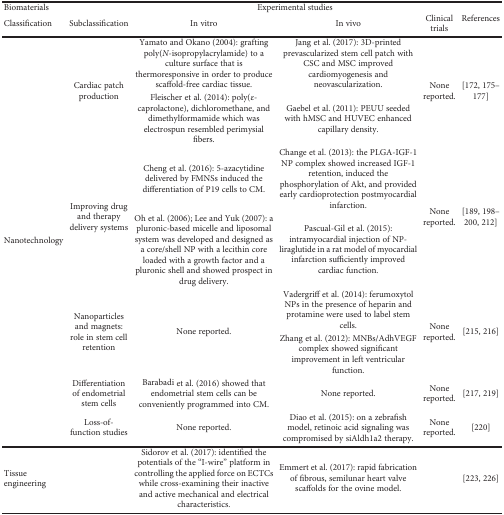
| <COLSPAN=2> Biomaterials | <COLSPAN=3> Experimental studies | <ROWSPAN=2> References |
 | Classification | Subclassification | In vitro | In vivo | Clinical trials |
 | --- | --- | --- | --- | --- | --- |
 | <ROWSPAN=8> Nanotechnology | <ROWSPAN=2> Cardiac patch production | Yamato and Okano (2004): grafting poly(N-isopropylacrylamide) to a culture surface that is thermoresponsive in order to produce scaffold-free cardiac tissue. | Jang et al. (2017): 3D-printed prevascularized stem cell patch with CSC and MSC improved cardiomyogenesis and neovascularization. | <ROWSPAN=2> None reported. | <ROWSPAN=2> [172, 175–177] |
 | Fleischer et al. (2014): poly(ε-caprolactone), dichloromethane, and dimethylformamide which was electrospun resembled perimysial fibers. | Gaebel et al. (2011): PEUU seeded with hMSC and HUVEC enhanced capillary density. |
 | <ROWSPAN=2> Improving drug and therapy delivery systems | Cheng et al. (2016): 5-azacytidine delivered by FMNSs induced the differentiation of P19 cells to CM. | Change et al. (2013): the PLGA-IGF-1 NP complex showed increased IGF-1 retention, induced the phosphorylation of Akt, and provided early cardioprotection postmyocardial infarction. | <ROWSPAN=2> None reported. | <ROWSPAN=2> [189, 198–200, 212] |
 | Oh et al. (2006); Lee and Yuk (2007): a pluronic-based micelle and liposomal system was developed and designed as a core/shell NP with a lecithin core loaded with a growth factor and a pluronic shell and showed prospect in drug delivery. | Pascual-Gil et al. (2015): intramyocardial injection of NP-liraglutide in a rat model of myocardial infarction sufficiently improved cardiac function. |
 | <ROWSPAN=2> Nanoparticles and magnets: role in stem cell retention | <ROWSPAN=2> None reported. | Vadergriff et al. (2014): ferumoxytol NPs in the presence of heparin and protamine were used to label stem cells. | <ROWSPAN=2> None reported. | <ROWSPAN=2> [215, 216] |
 | Zhang et al. (2012): MNBs/AdhVEGF complex showed significant improvement in left ventricular function. |
 | Differentiation of endometrial stem cells | Barabadi et al. (2016) showed that endometrial stem cells can be conveniently programmed into CM. | None reported. | None reported. | [217, 219] |
 | Loss-of-function studies | None reported. | Diao et al. (2015): on a zebrafish model, retinoic acid signaling was compromised by siAldh1a2 therapy. | None reported. | [220] |
 | Tissue engineering |  | Sidorov et al. (2017): identified the potentials of the “I-wire” platform in controlling the applied force on ECTCs while cross-examining their inactive and active mechanical and electrical characteristics. | Emmert et al. (2017): rapid fabrication of fibrous, semilunar heart valve scaffolds for the ovine model. |  | [223, 226] |